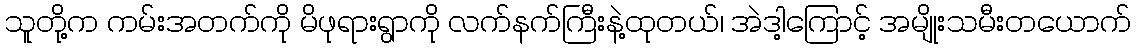
သူတို့က ကမ်းအတက်ကို မိဖုရားရွာကို လက်နက်ကြီးနဲ့ထုတယ်၊ အဲဒါ့ကြောင့် အမျိုးသမီးတယောက်